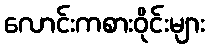
လောင်းကစားဝိုင်းများ